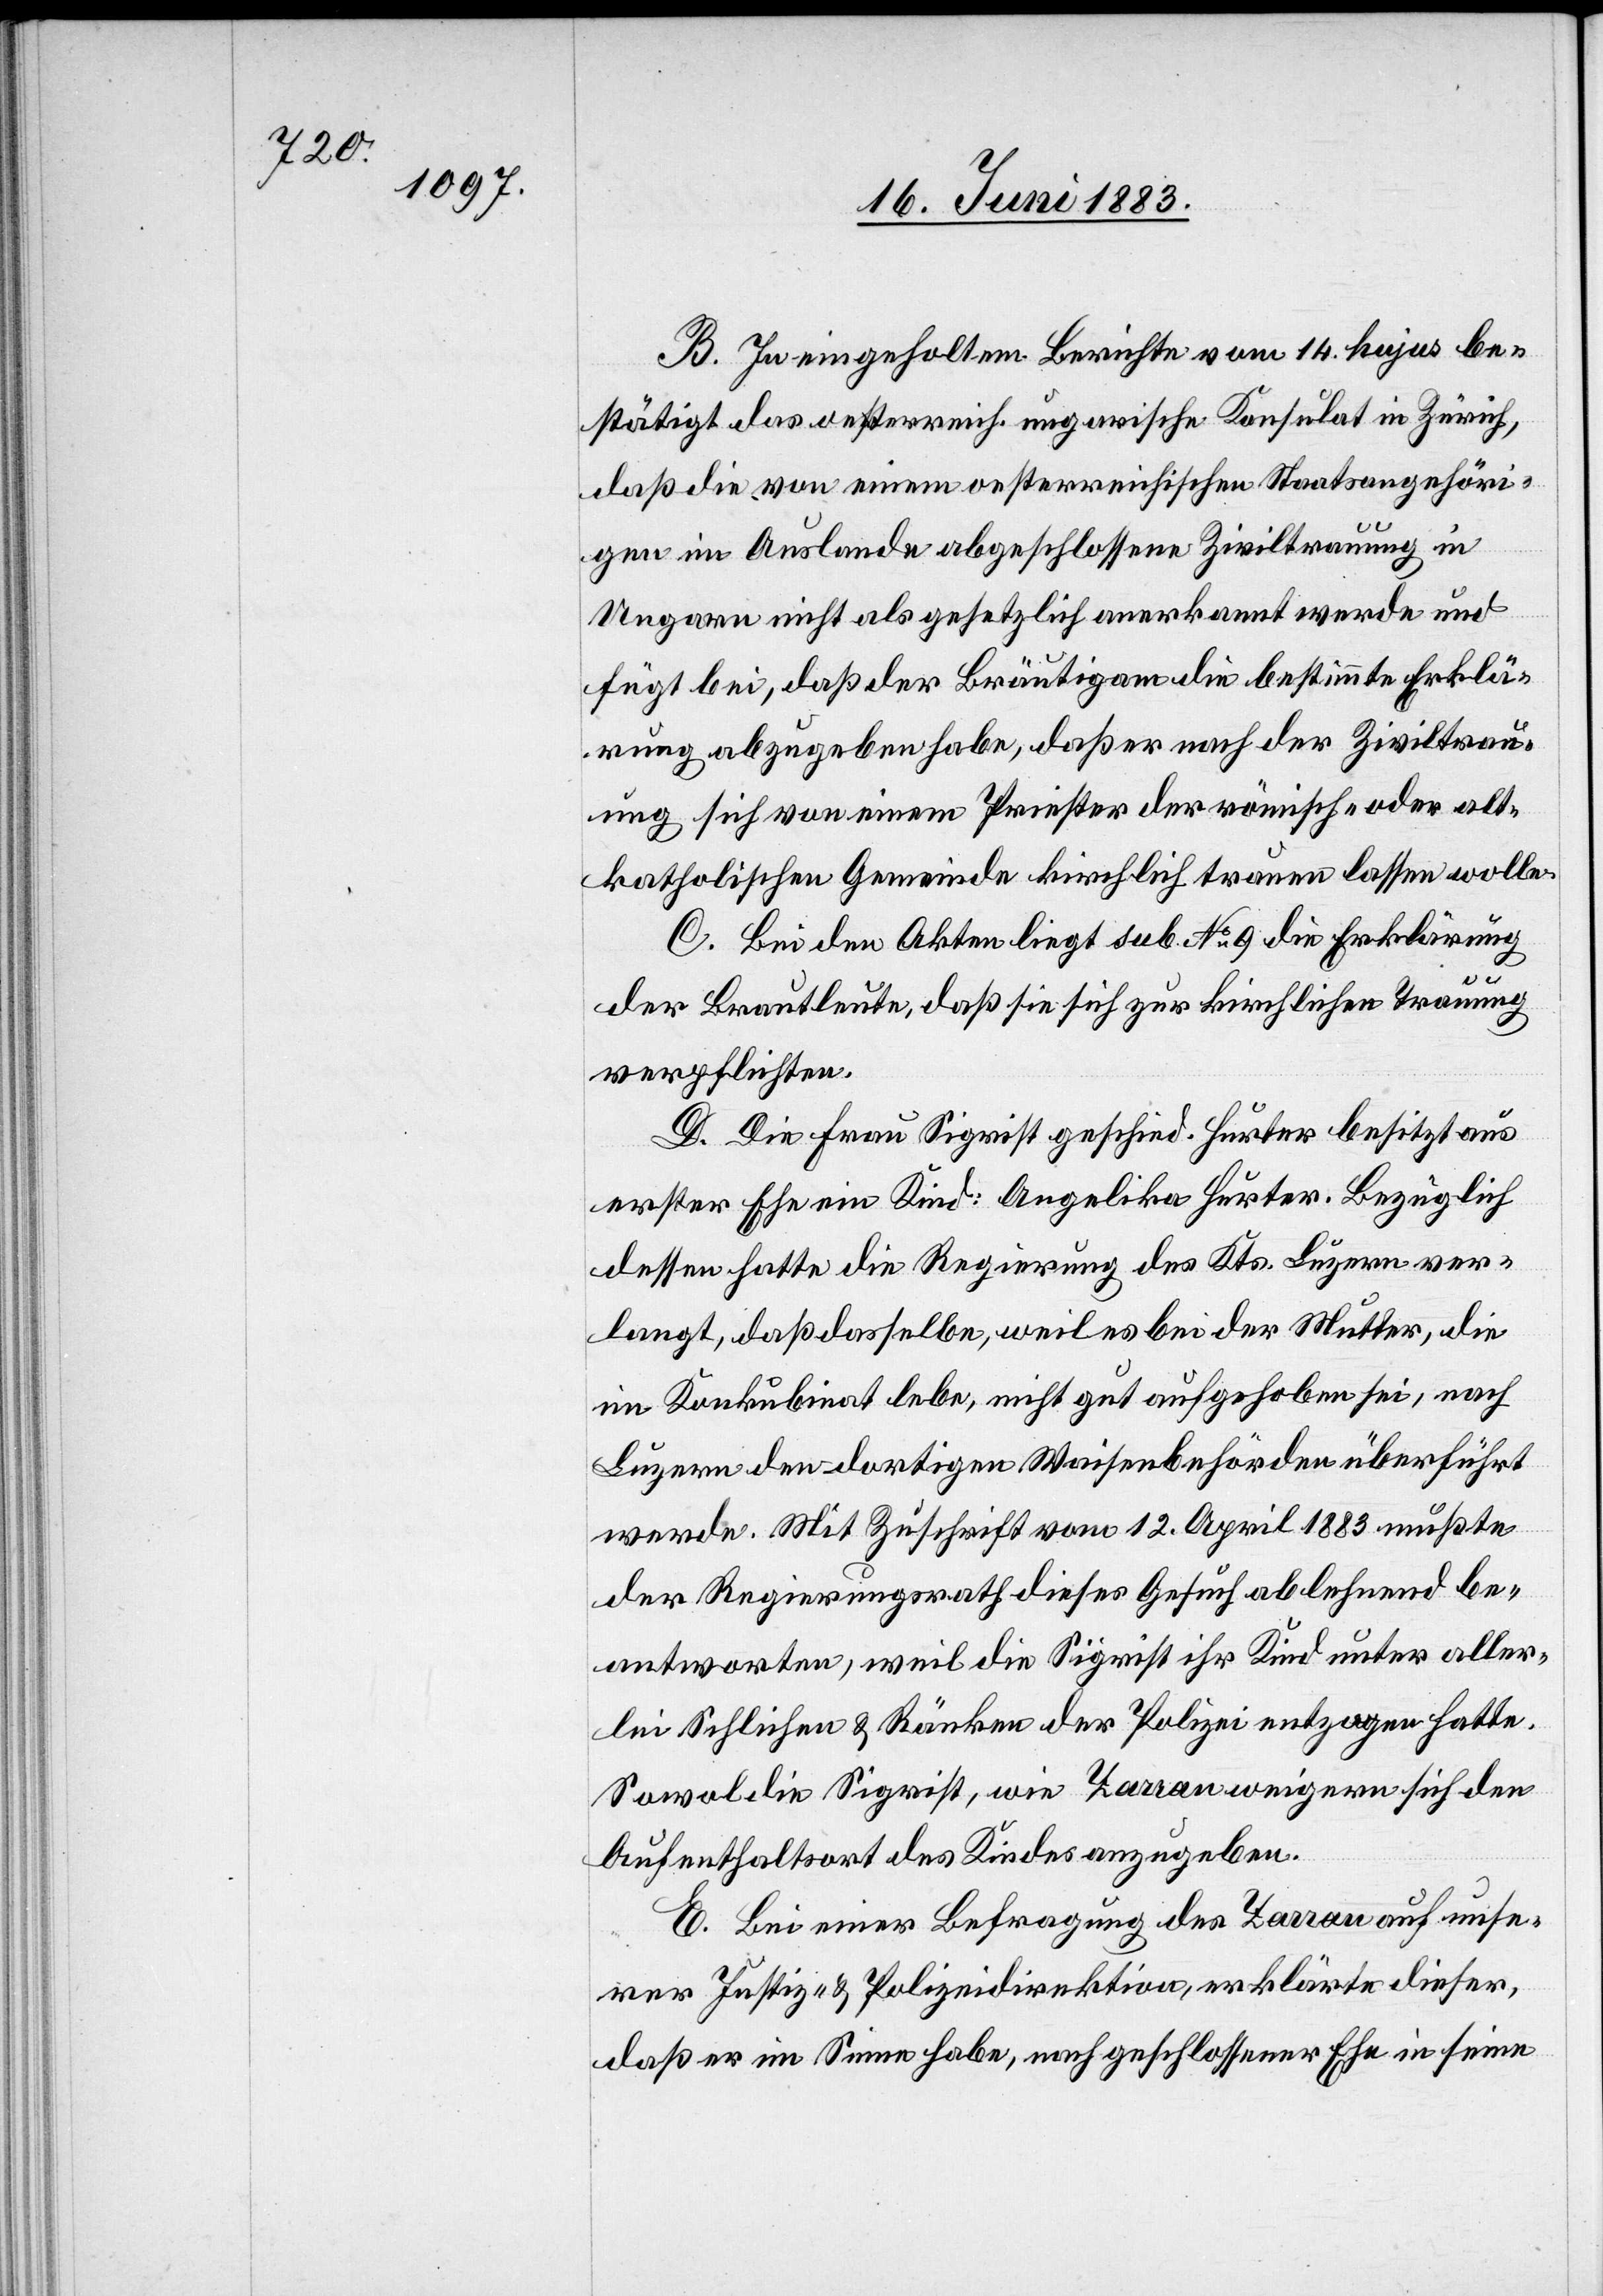
B. In eingeholtem Berichte vom 14. hujus be¬
stätigt das oesterreichisch-ungarische Konsulat in Zürich,
das die von einem oesterreichischen Staatsangehöri¬
gen im Auslande abgeschlossene Ziviltrauung in
Ungarn nicht als gesetzlich anerkannt werde und
fügt bei, daß der Bräutigam die bestimmte Erklä¬
rung abzugeben habe, daß er nach der Ziviltrau¬
ung sich von einem Priester der römisch- oder alt¬
katholischen Gemeinde kirchlich trauen lassen wolle.
C. Bei den Akten liegt sub No 9 die Erklärung
der Brautleute, daß sie sich zur kirchlichen Trauung
verpflichten.
D. Die Frau Sigrist geschied. Hurter besitzt aus
erster Ehe ein Kind: Angelika Hurter. Bezüglich
dessen hatte die Regierung des Kts. Luzern ver¬
langt, daß dasselbe, weil es bei der Mutter, die
im Konkubinat lebe, nicht gut aufgehoben sei, nach
Luzern den dortigen Waisenbehörden überführt
werde. Mit Zuschrift vom 12. April 1883 mußte
der Regierungsrath dieses Gesuch ablehnend be¬
antworten, weil die Sigrist ihr Kind unter aller¬
lei Schlichen & Ränken der Polizei entzogen hatte.
Sowol die Sigrist, wie Zarran weigern sich den
Aufenthaltsort des Kindes anzugeben.
E. Bei einer Befragung des Zarran auf unse¬
rer Justiz- & Polizeidirektion, erklärte dieser,
daß er im Sinne habe, nach geschlossener Ehe in seine